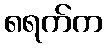
၈ရက်က